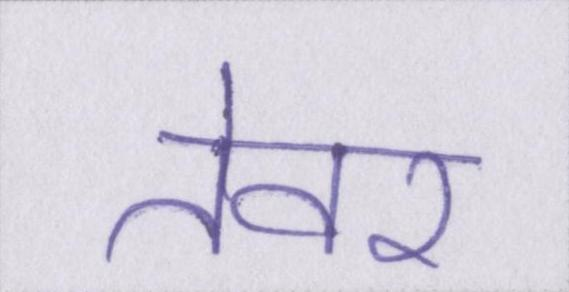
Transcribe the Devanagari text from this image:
तेवर